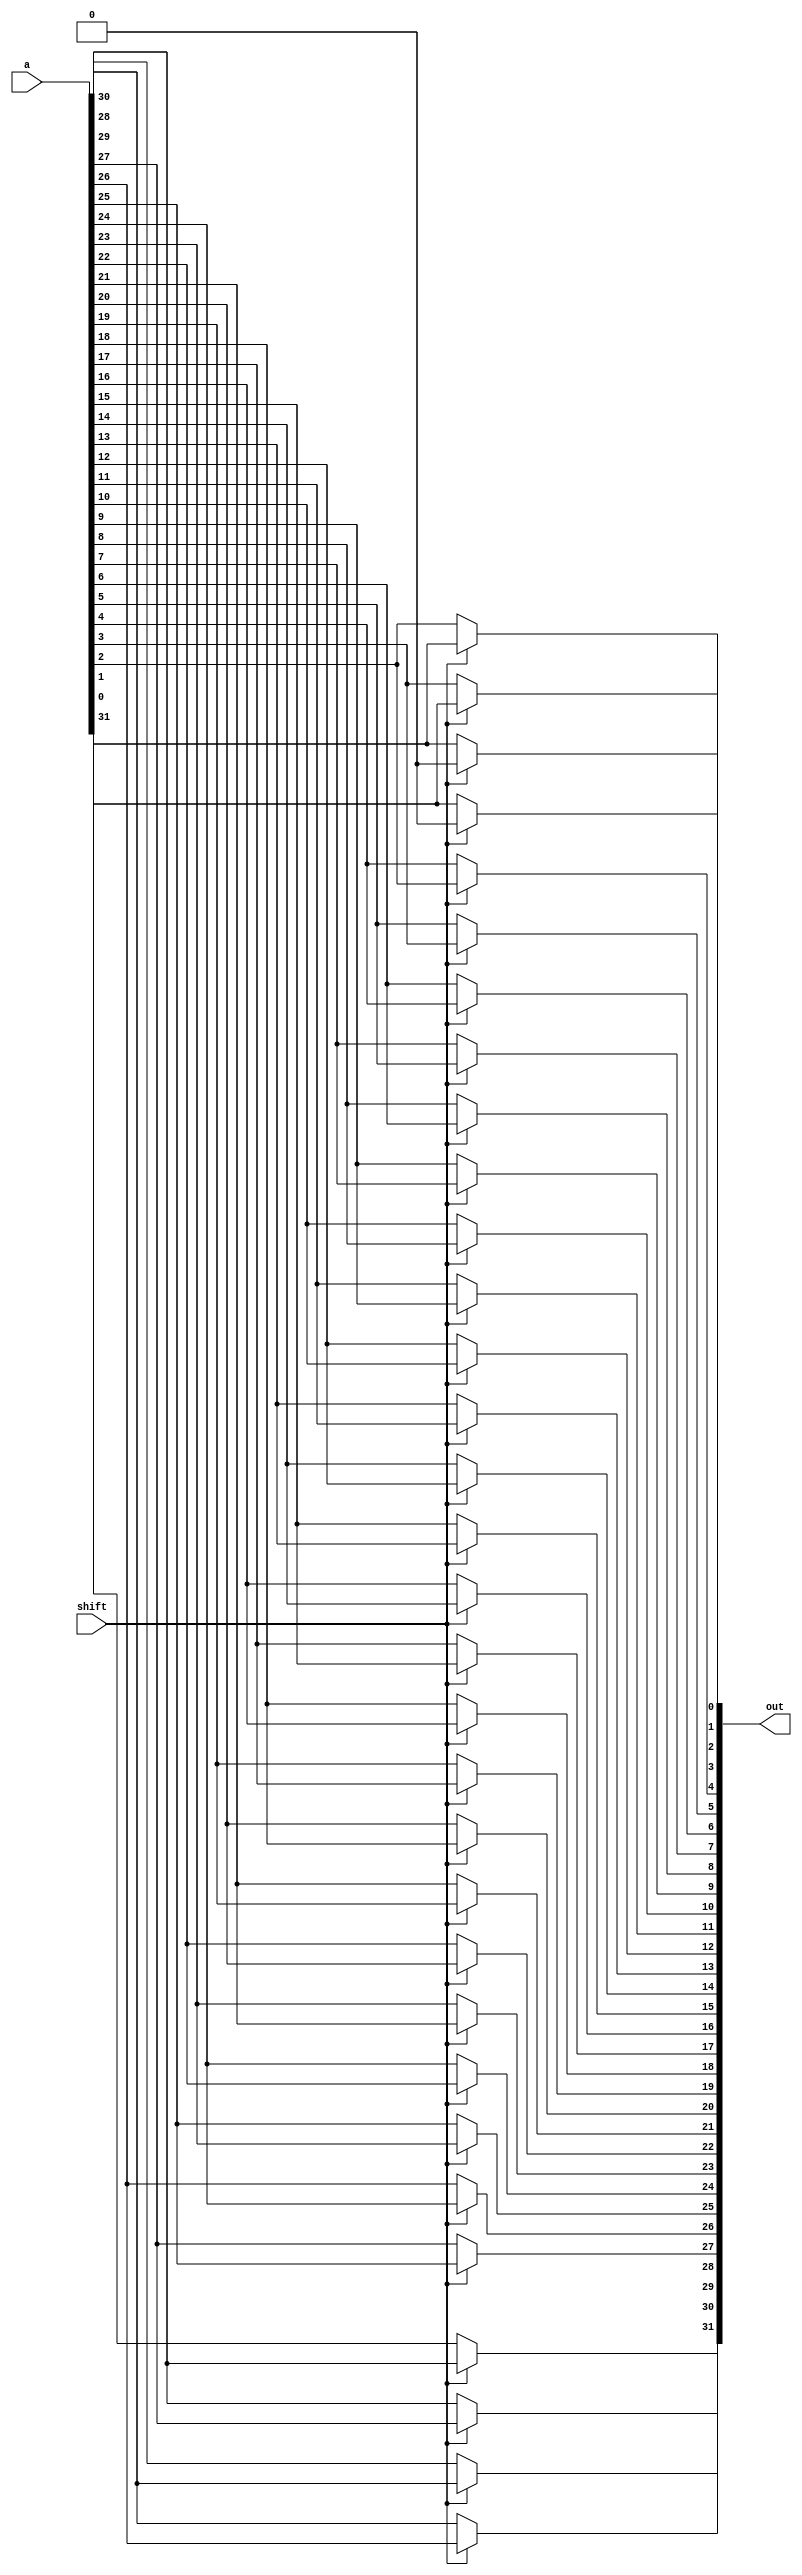
module lshift2_32(out, a, shift);
    input shift;
    input [31:0] a;
    output [31:0] out;
    wire zero;

    assign zero = 0;

    assign out[31] = shift ? a[29] : a[31];
    assign out[30] = shift ? a[28] : a[30];
    assign out[29] = shift ? a[27] : a[29];
    assign out[28] = shift ? a[26] : a[28];
    assign out[27] = shift ? a[25] : a[27];
    assign out[26] = shift ? a[24] : a[26];
    assign out[25] = shift ? a[23] : a[25];
    assign out[24] = shift ? a[22] : a[24];
    assign out[23] = shift ? a[21] : a[23];
    assign out[22] = shift ? a[20] : a[22];
    assign out[21] = shift ? a[19] : a[21];
    assign out[20] = shift ? a[18] : a[20];
    assign out[19] = shift ? a[17] : a[19];
    assign out[18] = shift ? a[16] : a[18];
    assign out[17] = shift ? a[15] : a[17];
    assign out[16] = shift ? a[14] : a[16];
    assign out[15] = shift ? a[13] : a[15];
    assign out[14] = shift ? a[12] : a[14];
    assign out[13] = shift ? a[11] : a[13];
    assign out[12] = shift ? a[10] : a[12];
    assign out[11] = shift ? a[9]  : a[11];
    assign out[10] = shift ? a[8]  : a[10];
    assign out[9]  = shift ? a[7]  : a[9] ;
    assign out[8]  = shift ? a[6]  : a[8] ;
    assign out[7]  = shift ? a[5]  : a[7] ;
    assign out[6]  = shift ? a[4]  : a[6] ;
    assign out[5]  = shift ? a[3]  : a[5] ;
    assign out[4]  = shift ? a[2]  : a[4] ;
    assign out[3]  = shift ? a[1]  : a[3] ;
    assign out[2]  = shift ? a[0]  : a[2] ;
    assign out[1]  = shift ? zero  : a[1] ;
    assign out[0]  = shift ? zero  : a[0] ; 
endmodule